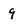
Character: 9